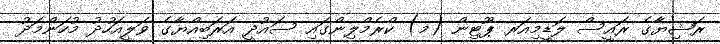
ރަޝިޔާގެ ރައީސް ލަޑީމިއަރ ޕޫޓިން (މ) ކްރެމްލިންގައި ސައުދީ އަރަބިއްޔާގެ ވަލީއަހުދު މުހަންމަދު